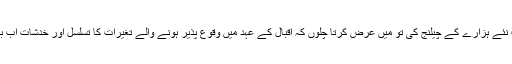
اب رہی بات نئے ہزارے كے چیلنج كی تو میں عرض كرتا چلوں كہ اقبال كے عہد میں وقوع پذیر ہونے والے تغیرات كا تسلسل اور خدشات اب بھی قائم ہیں ۔